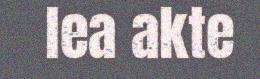
lea akte